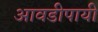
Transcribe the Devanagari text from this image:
आवडीपायी